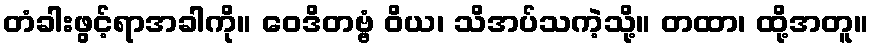
တံခါးဖွင့်ရာအခါကို။ ဝေဒိတဗ္ဗံ ဝိယ၊ သိအပ်သကဲ့သို့။ တထာ၊ ထို့အတူ။